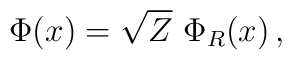
\Phi(x)=\sqrt{Z}~\Phi_R(x) \,,